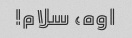
اوه، سلام!